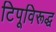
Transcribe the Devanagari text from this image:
टिपूविरूद्ध